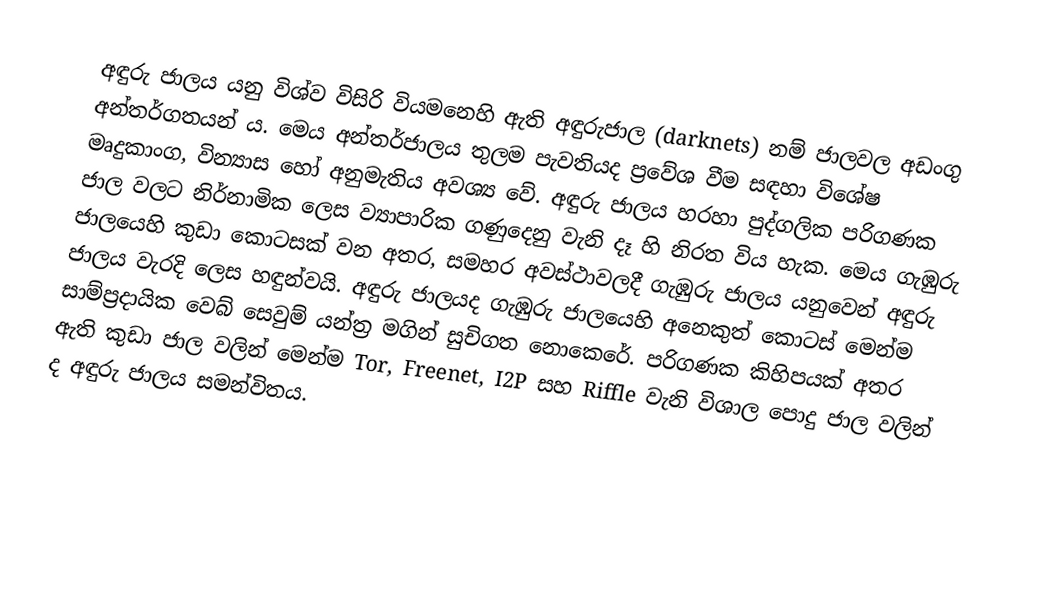
අඳුරු ජාලය යනු විශ්ව විසිරි වියමනෙහි ඇති අඳුරුජාල (darknets) නම් ජාලවල අඩංගු අන්තර්ගතයන් ය. මෙය අන්තර්ජාලය තුලම පැවතියද ප්‍රවේශ වීම සඳහා විශේෂ මෘදුකාංග, වින්‍යාස හෝ අනුමැතිය අවශ්‍ය වේ. අඳුරු ජාලය හරහා පුද්ගලික පරිගණක ජාල වලට නිර්නාමික ලෙස ව්‍යාපාරික ගණුදෙනු වැනි දෑ හි නිරත විය හැක. මෙය ගැඹුරු ජාලයෙහි කුඩා කොටසක් වන අතර, සමහර අවස්ථාවලදී ගැඹුරු ජාලය යනුවෙන් අඳුරු ජාලය වැරදි ලෙස හඳුන්වයි. අඳුරු ජාලයද ගැඹුරු ජාලයෙහි අනෙකුත් කොටස් මෙන්ම සාම්ප්‍රදායික වෙබ් සෙවුම් යන්ත්‍ර මගින් සුචිගත නොකෙරේ. පරිගණක කිහිපයක් අතර ඇති කුඩා ජාල වලින් මෙන්ම Tor, Freenet, I2P සහ Riffle වැනි විශාල පොදු ජාල වලින් ද අඳුරු ජාලය සමන්විතය.